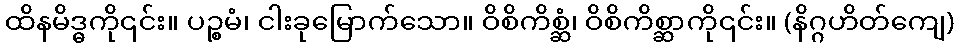
ထိနမိဒ္ဓကို၎င်း။ ပဉ္စမံ၊ ငါးခုမြောက်သော။ ဝိစိကိစ္ဆံ၊ ဝိစိကိစ္ဆာကို၎င်း။ (နိဂ္ဂဟိတ်ကျေ)